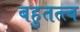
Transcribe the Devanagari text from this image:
बहुतत्त्व